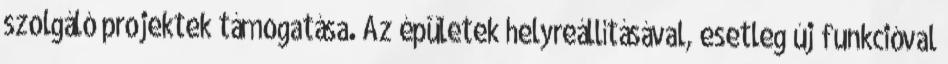
szolgáló projektek támogatása. Az épületek helyreállításával, esetleg új funkcióval